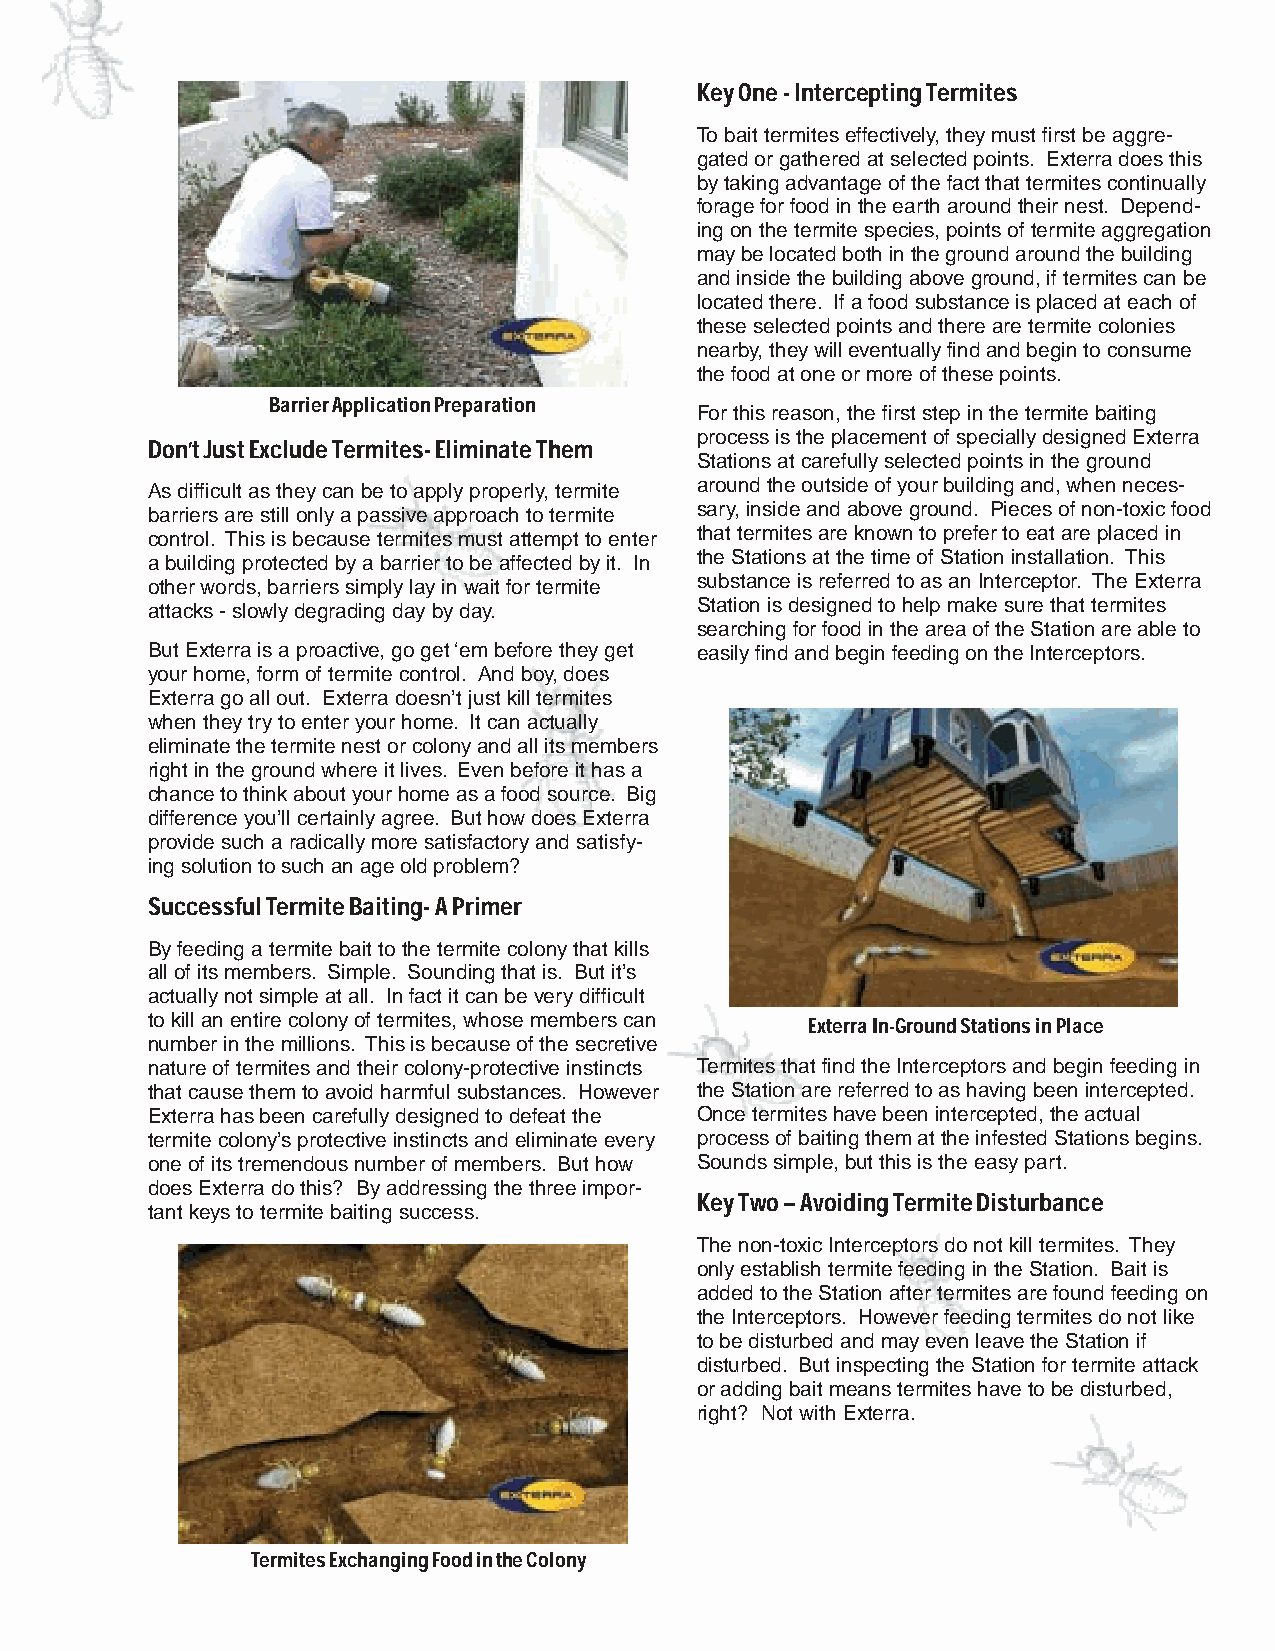
Key One - Intercepting Termites
 To bait termites effectively, they must first be aggre-
 gated or gathered at selected points. Exterra does this
 by taking advantage of the fact that termites continually
 forage for food in the earth around their nest. Depend-
 ing on the termite species, points of termite aggregation
 may be located both in the ground around the building
 and inside the building above ground, if termites can be
 located there. If a food substance is placed at each of
 these selected points and there are termite colonies
 nearby, they will eventually find and begin to consume
 the food at one or more of these points.
 Barrier Application Preparation
 For this reason, the first step in the termite baiting
 process is the placement of specially designed Exterra
 Don’t Just Exclude Termites- Eliminate Them
 Stations at carefully selected points in the ground
 As difficult as they can be to apply properly, termite around the outside of your building and, when neces-
 barriers are still only a passive approach to termite sary, inside and above ground. Pieces of non-toxic food
 control. This is because termites must attempt to enter that termites are known to prefer to eat are placed in
 a building protected by a barrier to be affected by it. In the Stations at the time of Station installation. This
 other words, barriers simply lay in wait for termite substance is referred to as an Interceptor. The Exterra
 attacks - slowly degrading day by day. Station is designed to help make sure that termites
 searching for food in the area of the Station are able to
 But Exterra is a proactive, go get ‘em before they get easily find and begin feeding on the Interceptors.
 your home, form of termite control. And boy, does
 Exterra go all out. Exterra doesn’t just kill termites
 when they try to enter your home. It can actually
 eliminate the termite nest or colony and all its members
 right in the ground where it lives. Even before it has a
 chance to think about your home as a food source. Big
 difference you’ll certainly agree. But how does Exterra
 provide such a radically more satisfactory and satisfy-
 ing solution to such an age old problem?
 Successful Termite Baiting- A Primer
 By feeding a termite bait to the termite colony that kills
 all of its members. Simple. Sounding that is. But it’s
 actually not simple at all. In fact it can be very difficult
 to kill an entire colony of termites, whose members can Exterra In-Ground Stations in Place
 number in the millions. This is because of the secretive
 nature of termites and their colony-protective instincts Termites that find the Interceptors and begin feeding in
 that cause them to avoid harmful substances. However the Station are referred to as having been intercepted.
 Exterra has been carefully designed to defeat the Once termites have been intercepted, the actual
 termite colony’s protective instincts and eliminate every process of baiting them at the infested Stations begins.
 one of its tremendous number of members. But how Sounds simple, but this is the easy part.
 does Exterra do this? By addressing the three impor-
 Key Two – Avoiding Termite Disturbance
 tant keys to termite baiting success.
 The non-toxic Interceptors do not kill termites. They
 only establish termite feeding in the Station. Bait is
 added to the Station after termites are found feeding on
 the Interceptors. However feeding termites do not like
 to be disturbed and may even leave the Station if
 disturbed. But inspecting the Station for termite attack
 or adding bait means termites have to be disturbed,
 right? Not with Exterra.
 Termites Exchanging Food in the Colony